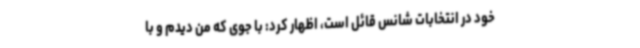
خود در انتخابات شانس قائل است، اظهار کرد: با جوی که من دیدم و با